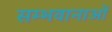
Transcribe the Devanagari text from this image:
सम्भवानाओं